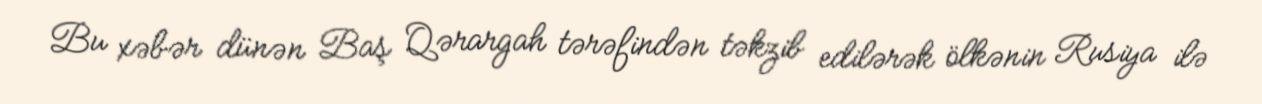
Bu xəbər dünən Baş Qərargah tərəfindən təkzib edilərək ölkənin Rusiya ilə